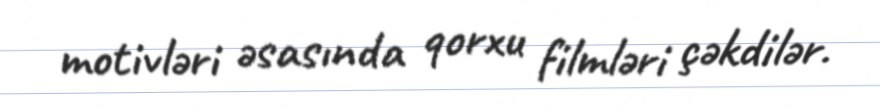
motivləri əsasında qorxu filmləri çəkdilər.